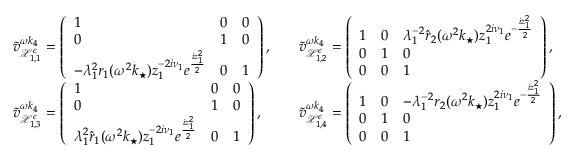
\begin{array} { r l r l } & { \tilde { v } _ { \mathcal { X } _ { 1 , 1 } ^ { \epsilon } } ^ { \omega k _ { 4 } } = \left( \begin{array} { l l l } { 1 } & { 0 } & { 0 } \\ { 0 } & { 1 } & { 0 } \\ { - \lambda _ { 1 } ^ { 2 } r _ { 1 } ( \omega ^ { 2 } k _ { \star } ) z _ { 1 } ^ { - 2 i \nu _ { 1 } } e ^ { \frac { i z _ { 1 } ^ { 2 } } { 2 } } } & { 0 } & { 1 } \end{array} \right) , } & & { \tilde { v } _ { \mathcal { X } _ { 1 , 2 } ^ { \epsilon } } ^ { \omega k _ { 4 } } = \left( \begin{array} { l l l } { 1 } & { 0 } & { \lambda _ { 1 } ^ { - 2 } \hat { r } _ { 2 } ( \omega ^ { 2 } k _ { \star } ) z _ { 1 } ^ { 2 i \nu _ { 1 } } e ^ { - \frac { i z _ { 1 } ^ { 2 } } { 2 } } } \\ { 0 } & { 1 } & { 0 } \\ { 0 } & { 0 } & { 1 } \end{array} \right) , } \\ & { \tilde { v } _ { \mathcal { X } _ { 1 , 3 } ^ { \epsilon } } ^ { \omega k _ { 4 } } = \left( \begin{array} { l l l } { 1 } & { 0 } & { 0 } \\ { 0 } & { 1 } & { 0 } \\ { \lambda _ { 1 } ^ { 2 } \hat { r } _ { 1 } ( \omega ^ { 2 } k _ { \star } ) z _ { 1 } ^ { - 2 i \nu _ { 1 } } e ^ { \frac { i z _ { 1 } ^ { 2 } } { 2 } } } & { 0 } & { 1 } \end{array} \right) , } & & { \tilde { v } _ { \mathcal { X } _ { 1 , 4 } ^ { \epsilon } } ^ { \omega k _ { 4 } } = \left( \begin{array} { l l l } { 1 } & { 0 } & { - \lambda _ { 1 } ^ { - 2 } r _ { 2 } ( \omega ^ { 2 } k _ { \star } ) z _ { 1 } ^ { 2 i \nu _ { 1 } } e ^ { - \frac { i z _ { 1 } ^ { 2 } } { 2 } } } \\ { 0 } & { 1 } & { 0 } \\ { 0 } & { 0 } & { 1 } \end{array} \right) , } \end{array}